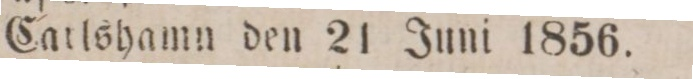
Carlshamn den 21 Juni 1856.